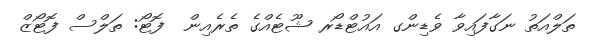
ތަލްއަތު ނަގާފައިވާ ވެޑިންގ އައުޓްޑޯރ ޝޫޓެއްގެ ތެރެއިން  ފޮޓޯ: ތަލްސް ފޮޓޯޒް